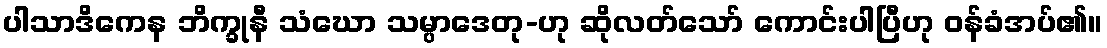
ပါသာဒိကေန ဘိက္ခုနီ သံဃော သမ္ပာဒေတု-ဟု ဆိုလတ်သော် ကောင်းပါပြီဟု ဝန်ခံအပ်၏။